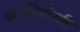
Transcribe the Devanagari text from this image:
परधर्मियांनाहि